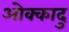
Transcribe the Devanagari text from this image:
ओक्कादु